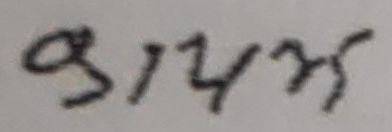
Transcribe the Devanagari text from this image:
९१५२